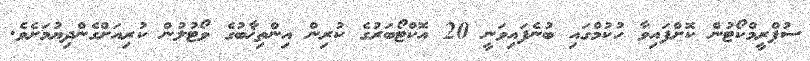
ސުޕްރީމްކޯޓުން ކޮށްފައިވާ ހުކުމްގައި ބުނެފައިވަނީ 20 އޮކްޓޯބަރުގެ ކުރިން އިންތިޚާބުގެ ވޯޓުލުން ކުރިއަށްގެންދިޔުމަށެވެ.